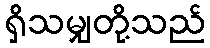
ရှိသမျှတို့သည်